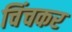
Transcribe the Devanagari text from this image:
चिंचकर